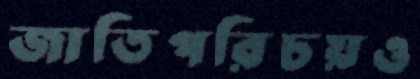
জাতিপরিচয়ও